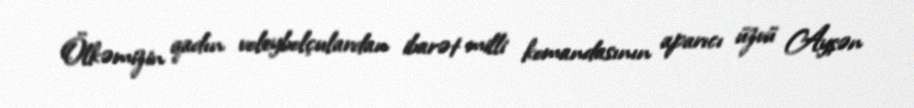
Ölkəmizin qadın voleybolçulardan ibarət milli komandasının aparıcı üzvü Ayşən